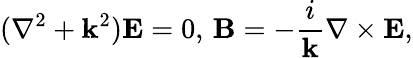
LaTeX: (\nabla^{2}+\mathbf{k}^{2})\mathbf{{E}}=0,\, \mathbf{{B}}=-{\frac{{i}}{{\mathbf{k}}}}\nabla\times\mathbf{{E}},